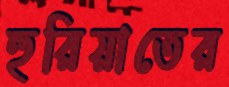
হুরিয়াতের